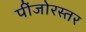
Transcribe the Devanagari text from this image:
पींजोरस्तर